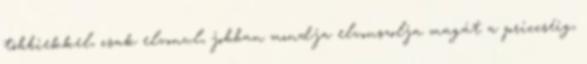
többiekkel, csak elvonul, jobban mondja elvonszolja magát a priccséig,